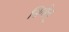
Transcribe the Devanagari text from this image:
सियोल्